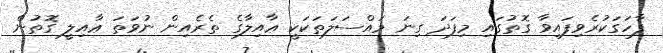
ފާހަގަކުރެވިފައިވާ ގޮތުގައި މިފަދަ ގިނަ މައްސަލަތަކަކީ ޢާއިލާގެ ތެރެއިން ނުވަތަ ޢާއިލީ ގޮތުން